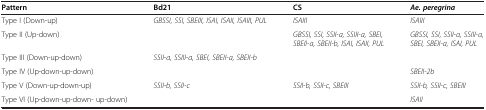
| Pattern | Bd21 | CS | Ae. peregrina |
 | --- | --- | --- | --- |
 | Type I (Down-up) | GBSSI, SSI, SBEIII, ISAI, ISAII, ISAIII, PUL | ISAIII | ISAIII |
 | Type II (Up-down) |  | GBSSI, SSI, SSII-a, SSIII-a, SBEI, SBEII-a, SBEII-b, ISAI, ISAII, PUL | GBSSI, SSI, SSII-a, SSIII-a, SBEI, SBEII-a, ISAI, PUL |
 | Type III (Down-up-down) | SSII-a, SSIII-a, SBEI, SBEII-a, SBEII-b |  |  |
 | Type IV (Up-down-up-down) |  |  | SBEII-2b |
 | Type V (Down-up-down-up) | SSII-b, SSII-c | SSII-b, SSII-c, SBEIII | SSII-b, SSII-c, SBEIII |
 | Type VI (Up-down-up-down- up-down) |  |  | ISAII |